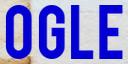
OGLE